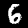
Digit: 6